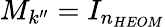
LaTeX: M_{k^{\prime\prime}}=I_{n_{HEOM}}